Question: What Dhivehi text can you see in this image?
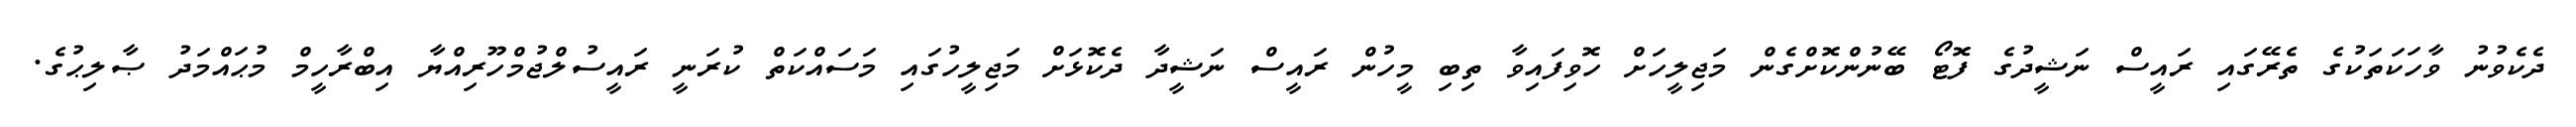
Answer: ދެކެވުނު ވާހަކަތަކުގެ ތެރޭގައި ރައީސް ނަޝީދުގެ ފޮޓޯ ބޭނުންކޮށްގެން މަޖިލީހަށް ހޮވިފައިވާ ތިބި މީހުން ރައީސް ނަޝީދާ ދެކޮޅަށް މަޖިލީހުގައި މަސައްކަތް ކުރަނީ ރައީސުލްޖުމްހޫރިއްޔާ އިބްރާހީމް މުޙައްމަދު ޞާލިޙުގެ.